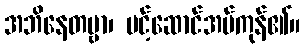
အဘိနေတဗ္ဗာ၊ ပင့်ဆောင်အပ်ကုန်၏။